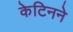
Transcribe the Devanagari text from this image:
केटिनने